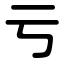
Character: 亏